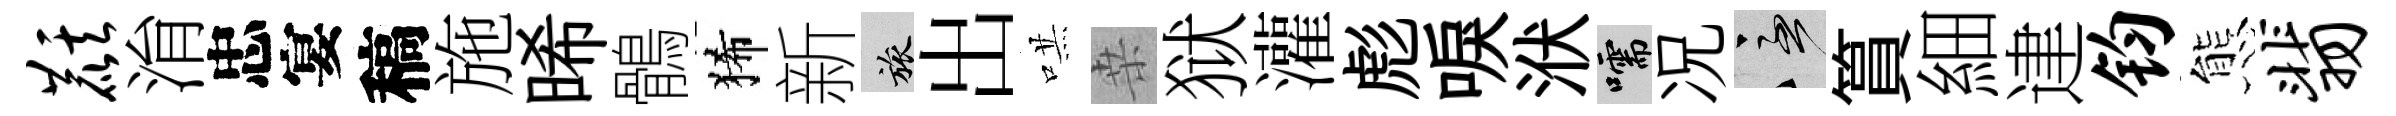
麒㳙忠宴稿施晞鶻狶新旅出哄桒狱灌彪唳洑嚅况急篔細䢖钧態翡